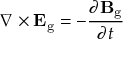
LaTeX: \nabla \times \mathbf { E } _ { \mathrm { g } } = - { \frac { \partial \mathbf { B } _ { \mathrm { g } } } { \partial t } }